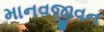
માનવજીવન